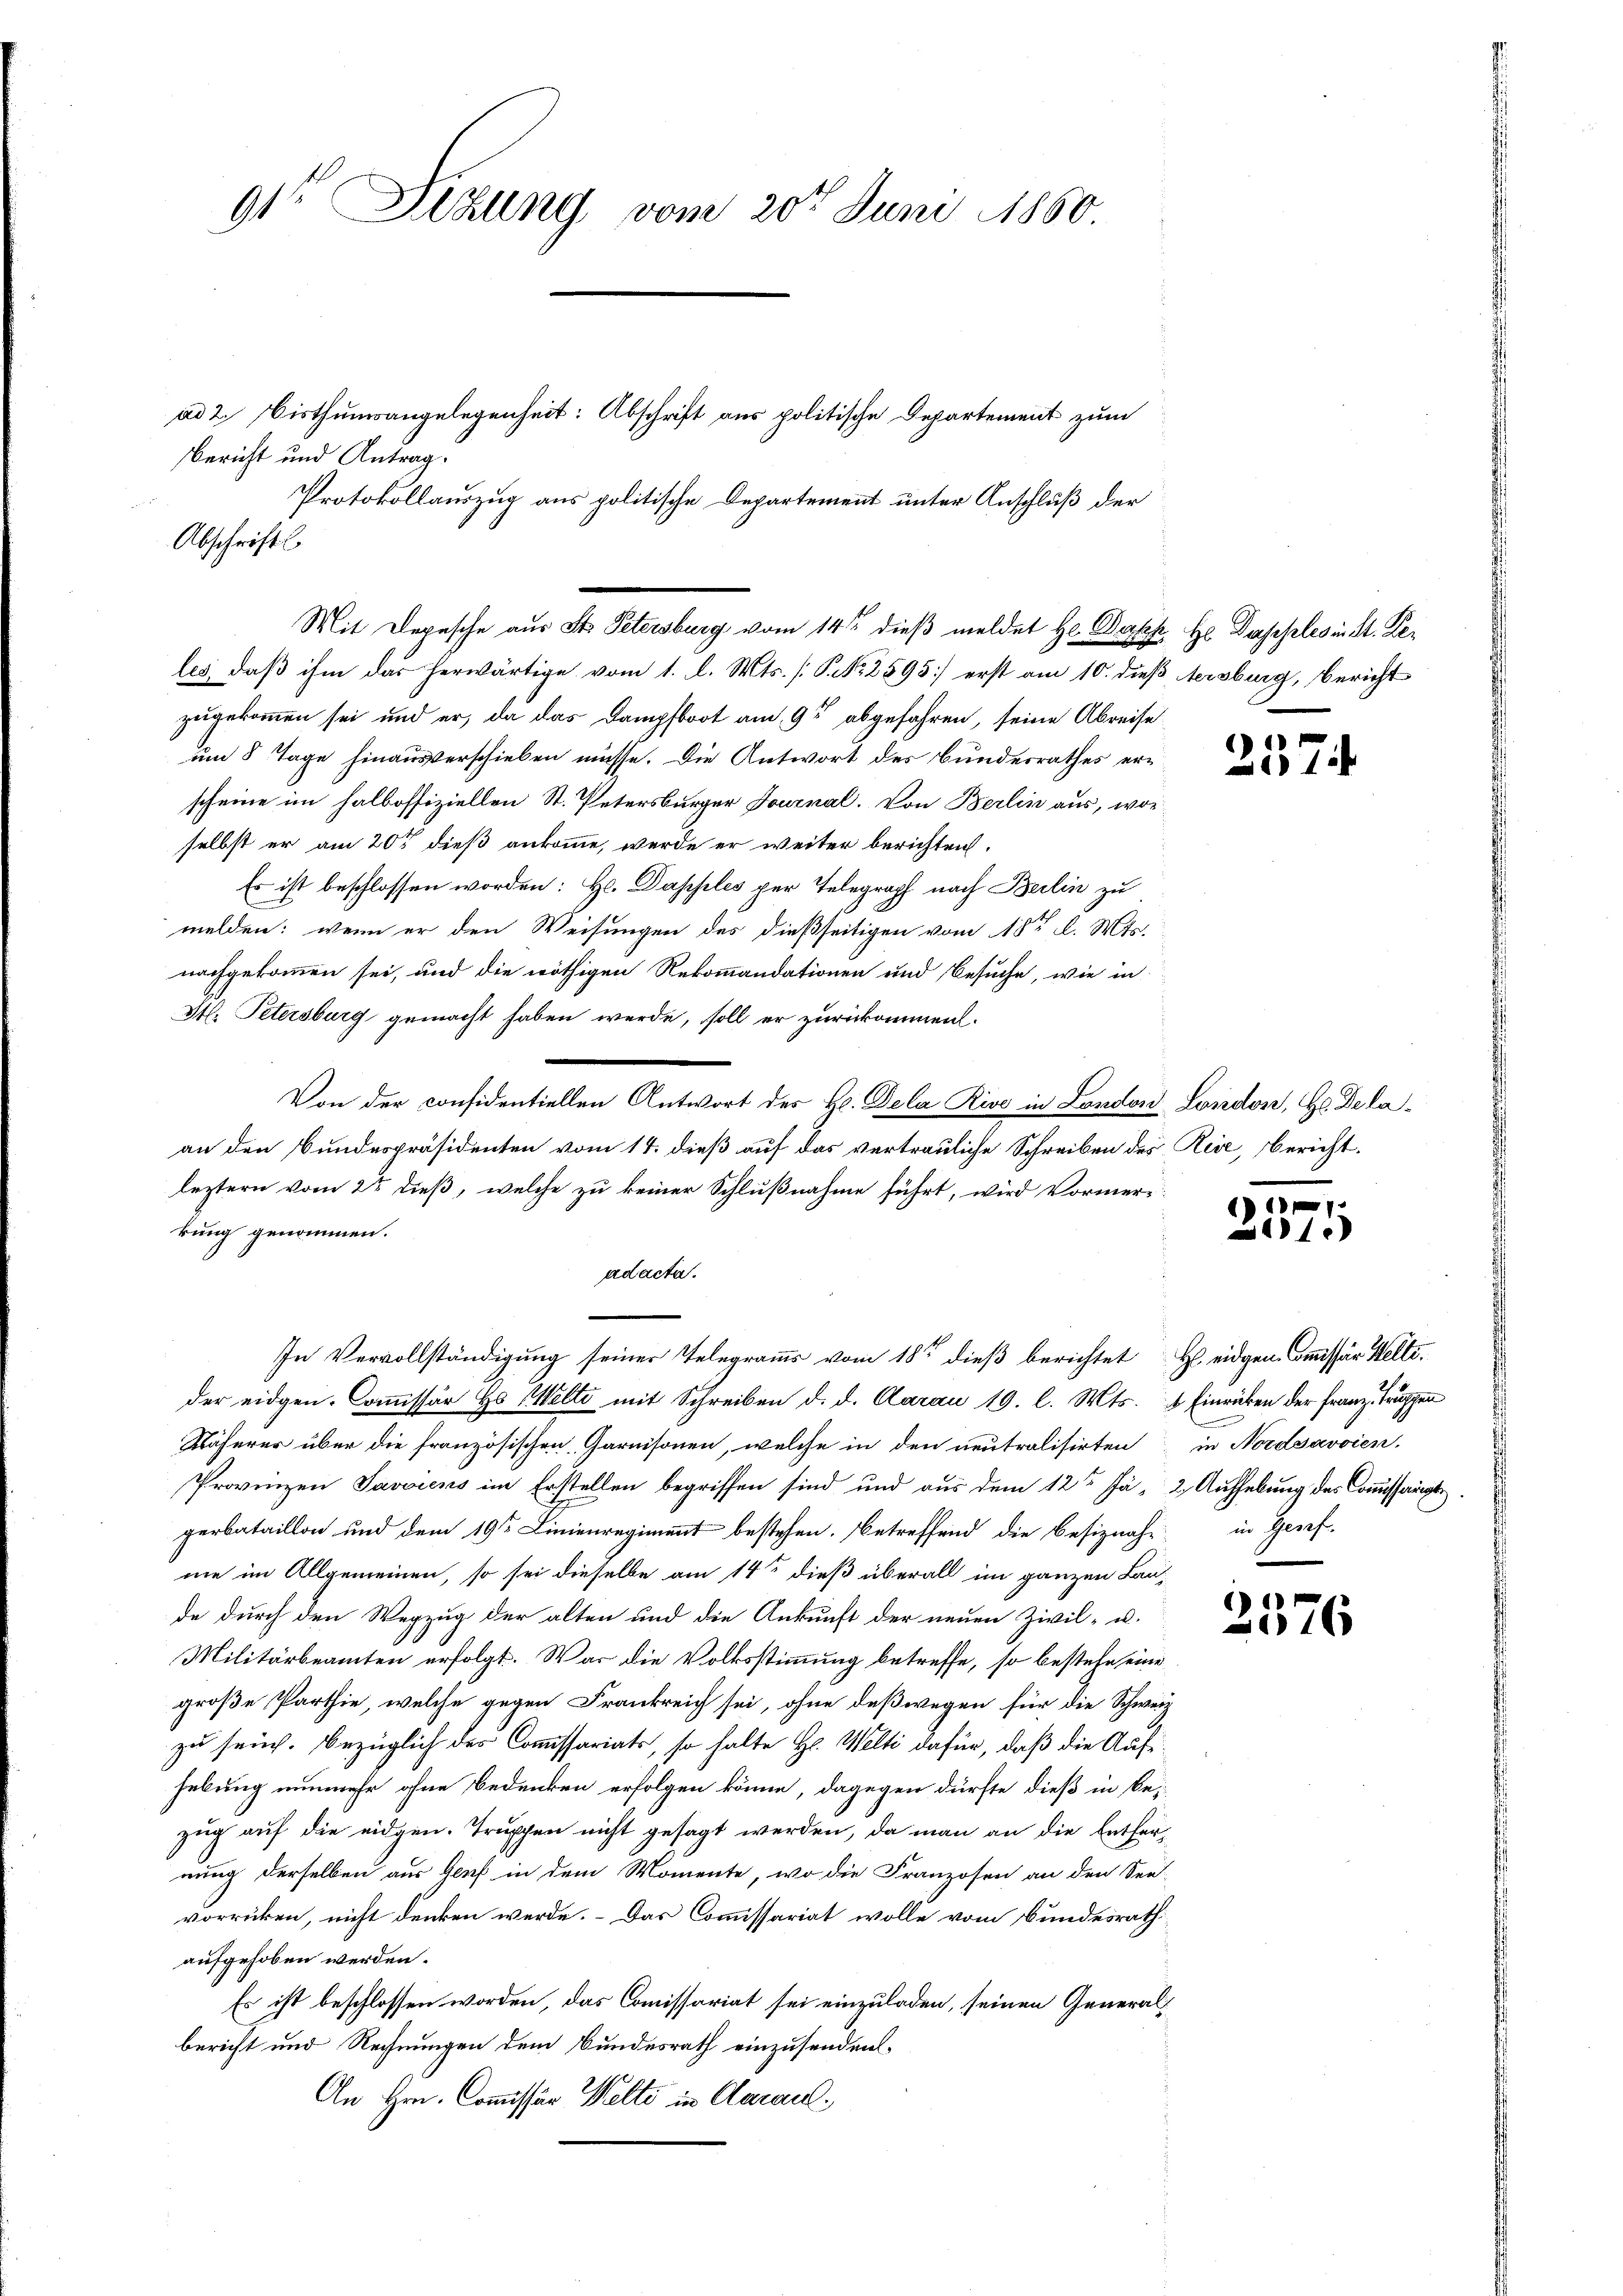
91 Sizung vom 20ten Juni 1850.

Bericht und Antrag.

Protokollauszug aus politische Departement unter Anschluß der
Abschriftl

ad 2. Bisthumsangelegenheit: Abschrift aus politische Departement zum

Mit Depesche aus St. Petersburg vom 14ten dieß meldet Hr. Dersehe. Hr. Daseples in St. Ge¬

Von der considentiellen Antwort des H. Dela Rive in London London, Hr. Dela¬

les, daß ihm das herwärtige vom 1. l. Mts. [P. No 2595] erst am 10. dieß stersburg, Bericht
zugekommen sei und er, da das Dampfboot am 9ten abgefahren, seine Abreise
um 8 Tage hinausverschieben müsse. Die Antwort des Bundesrathes erscheine im halboffiziellen St. Petersburger Journal. Von Berlin aus, wor
selbst er am 20t dieß ankomme, werde er weiter berichten.
Er ist beschlossen worden: Hr. Dapples per Telegraph nach Berlin zu
melden: wenn er den Weisungen des dießseitigen vom 18ten d. Mts.
nachgekommen sei, und die nöthigen Rekommandationen und Besuche, wie in
St. Petersburg gemacht haben werde, soll er zurückomment.
e
an den Bundespräsidenten vom 14. dieß auf das vertrauliche Schreiben des Rise, berichtleztern vom 2t dieß, welche zu keiner Schlußnahme führt, wird Vormerkung genommen.
adacta.
In Vervollständigung seiner Telegramms vom 18ten dieß berichtet H. eidgen. Commissär Hellider eidgen. Coṁissär H. Welti mit Schreiben d. d. Aarau 19. l. Mts. 4 Einricken der Franz. Truppen
Käferer über die französischen Garnisonen, welche in den neutralisirten
Provinzen Savaiens im Erstellen begriffen sind und aus dem 12te Jä- 2. Aufhebung des Commissariat
gerbataillon und dem 19te Linienregiment bestehen. Betreffend die Besiznahe in Gepf-
me im Allgemeinen, so sei dieselbe am 14ten dieß überall im ganzen Lande durch den Wegzug der alten und die Ankunft der neuen Zivil- u.
Militärbeamten erfolgt. War die Volksstimmung betreffe, so bestehe eine
große Parthie, welche gegen Frankreich sei, ohne deßwegen für die Schweiz
zu seuch. bezüglich des Commissariats, so halte Hr. Welti dafür, daß die Aufhebung nunmehr ohne Bedenken erfolgen könne, dagegen dürfte dieß in bezug auf die eidgen. Truppen nicht gesagt werden, da man an die Entferrung derselben aus Genf in dem Momente, wo die Franzosen an den See
vorrücken, nicht denken werde. Das Commissariat wolle vom Bundesrath
aufgehoben werden.
Es ist beschlossen worden, das Commissariat sei einzuladen, seinen Generalbericht und Rechnungen dem Bundesrath einzusenden
An Hrn. Commissio Welti in Aaraul

257.

257

21

in Nordsavoien.

)
165